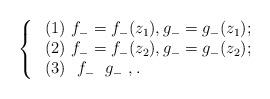
LaTeX: \begin{align*}\rm \left\{ \begin{array}{lll} \ (1)~f_{-}=f_{-}(z_{1}),g_{-}=g_{-}(z_{1}); \\ \ (2)~f_{-}=f_{-}(z_{2}),g_{-}=g_{-}(z_{2}); \\ \ (3)~ ~f_{-}~ ~g_{-}~ ,. \end{array} \right.\end{align*}